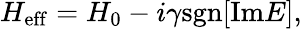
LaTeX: \begin{array}{r}{H_{\mathrm{eff}}=H_{0}-i\gamma\mathrm{sgn}[\mathrm{Im}E],}\end{array}